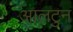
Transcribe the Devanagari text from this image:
आलटुन